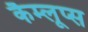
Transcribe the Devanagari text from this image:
कैम्लूप्स